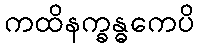
ကထိနက္ခန္ဓကေပိ